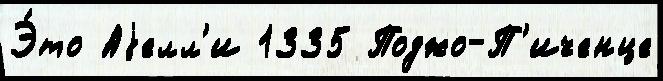
Э́то Аjелл'и 1335 Поджо-П'иченце